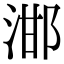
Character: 𣵷